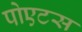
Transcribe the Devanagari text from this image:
पोएटस